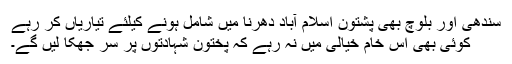
سندھی اور بلوچ بھی پشتون اسلام آباد دھرنا میں شامل ہونے کیلئے تیاریاں کر رہے
کوئی بھی اس خام خیالی میں نہ رہے کہ پختون شہادتوں پر سر جھکا لیں گے۔